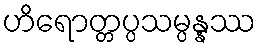
ဟိရောတ္တပ္ပသမ္ပန္နဿ